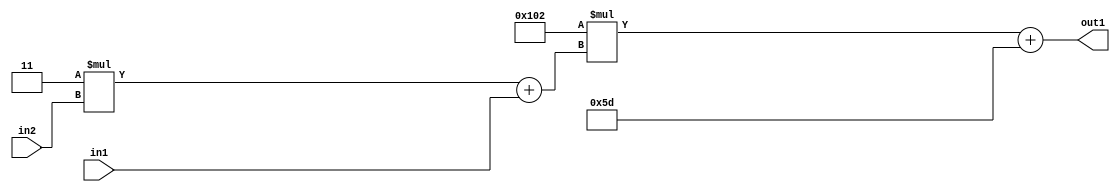
`timescale 1ps / 1ps
/*****************************************************************************
    Verilog RTL Description
    
    
    Created by: Stratus DpOpt 2019.1.01 
*******************************************************************************/

module DC_Filter_Add2i93Mul2i258Add2u1Mul2i3u2_4 (
	in2,
	in1,
	out1
	); /* architecture "behavioural" */ 
input [1:0] in2;
input  in1;
output [11:0] out1;
wire [11:0] asc001;
wire [3:0] asc002;

wire [3:0] asc002_tmp_0;
assign asc002_tmp_0 = 
	+(4'B0011 * in2);
assign asc002 = asc002_tmp_0
	+(in1);

wire [11:0] asc001_tmp_1;
assign asc001_tmp_1 = 
	+(12'B000100000010 * asc002);
assign asc001 = asc001_tmp_1
	+(12'B000001011101);

assign out1 = asc001;
endmodule

/* CADENCE  v7b1Qw8= : u9/ySgnWtBlWxVPRXgAZ4Og= ** DO NOT EDIT THIS LINE ******/